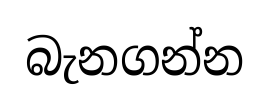
බැනගන්න